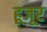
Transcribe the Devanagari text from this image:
हूजूर